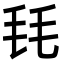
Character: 㲎